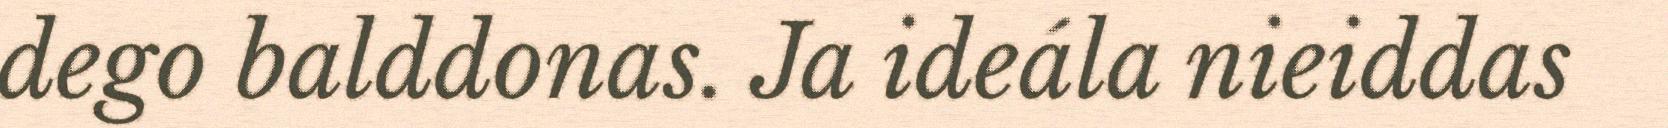
dego balddonas. Ja ideála nieiddas